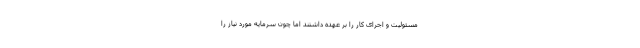
مسئولیت و اجرای کار را بر عهده داشتند اما چون سرمایه مورد نیاز را